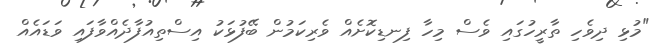
"މުޅި ދިވެހި ތާރީހުގައި ވެސް މިހާ ފިނޑިކޮށެއް ވެރިކަމުން ބޭފުޅަކު އިސްތިއުފާދެއްވާފައި ވަޑައެއް